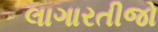
લાગારતીજો